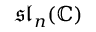
{ \mathfrak { s l } } _ { n } ( \mathbb { C } )